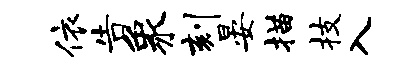
依告象刻晏描技入